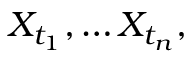
X _ { t _ { 1 } } , \dots X _ { t _ { n } } ,